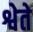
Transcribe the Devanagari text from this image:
श्वेते